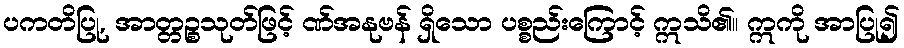
ပကတိပြု, အာတ္တဉ္စသုတ်ဖြင့် ဏ်အနုဗန် ရှိသော ပစ္စည်းကြောင့် ဣသိ၏။ ဣကို အာပြု၍